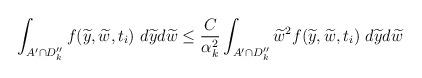
LaTeX: \begin{align*}\int_{A'\cap D_{k}''} f(\widetilde{y}, \widetilde{w}, t_i)\ d\widetilde{y}d\widetilde{w}&\leq \frac{C}{\alpha_k^2}\int_{A'\cap D_{k}''} \widetilde{w}^2 f(\widetilde{y}, \widetilde{w}, t_i)\ d\widetilde{y}d\widetilde{w} \\& \end{align*}